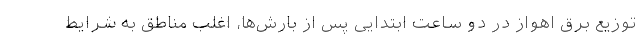
توزیع برق اهواز در دو ساعت ابتدایی پس از بارش‌ها، اغلب مناطق به شرایط